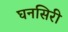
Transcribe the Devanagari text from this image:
घनसिरी